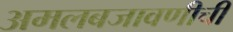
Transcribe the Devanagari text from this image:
अमलबजावणीची